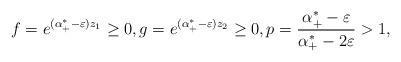
LaTeX: \begin{align*}f=e^{(\alpha_+^\ast-\varepsilon)z_1}\geq 0,g=e^{(\alpha_+^\ast-\varepsilon)z_2}\geq 0, p=\frac{\alpha_+^\ast-\varepsilon}{\alpha_+^\ast-2\varepsilon}>1, \end{align*}